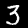
Digit: 3